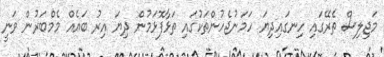
މަޖިލިސް ތެރޭގައި ހިނގައިދިޔަ ހަމަނުޖެހުންތަކުގައި ތަޅާފޮޅަމުން ދިޔަ އިރު ބައެއް މެމްބަރުން ވަނީ